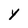
Character: y